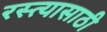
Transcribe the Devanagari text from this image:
रस्त्यासाठी